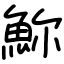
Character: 𩶗